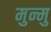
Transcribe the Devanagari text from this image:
मुन्मु